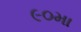
૯૦મા